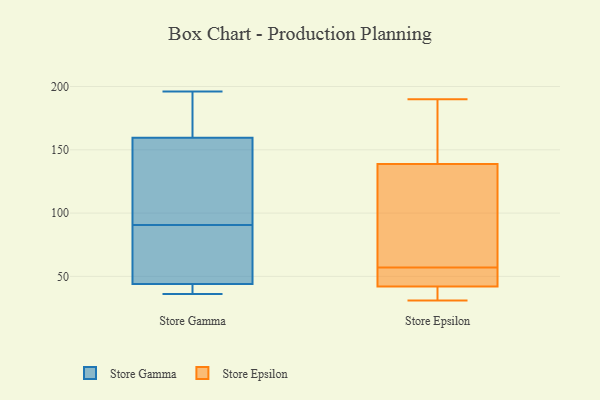
{"axis": {"x": "Conversion Rate (%)", "y": "Value"}, "legend": ["Store Epsilon", "Store Gamma"], "data": [{"x": "", "y": 49, "type": "Store Gamma"}, {"x": "", "y": 118, "type": "Store Gamma"}, {"x": "", "y": 129, "type": "Store Gamma"}, {"x": "", "y": 53, "type": "Store Gamma"}, {"x": "", "y": 196, "type": "Store Gamma"}, {"x": "", "y": 63, "type": "Store Gamma"}, {"x": "", "y": 36, "type": "Store Gamma"}, {"x": "", "y": 38, "type": "Store Gamma"}, {"x": "", "y": 158, "type": "Store Gamma"}, {"x": "", "y": 161, "type": "Store Gamma"}, {"x": "", "y": 187, "type": "Store Gamma"}, {"x": "", "y": 39, "type": "Store Gamma"}, {"x": "", "y": 31, "type": "Store Epsilon"}, {"x": "", "y": 138, "type": "Store Epsilon"}, {"x": "", "y": 57, "type": "Store Epsilon"}, {"x": "", "y": 45, "type": "Store Epsilon"}, {"x": "", "y": 39, "type": "Store Epsilon"}, {"x": "", "y": 162, "type": "Store Epsilon"}, {"x": "", "y": 139, "type": "Store Epsilon"}, {"x": "", "y": 42, "type": "Store Epsilon"}, {"x": "", "y": 42, "type": "Store Epsilon"}, {"x": "", "y": 190, "type": "Store Epsilon"}, {"x": "", "y": 111, "type": "Store Epsilon"}]}